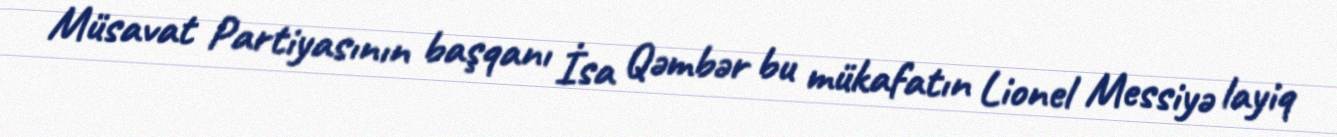
Müsavat Partiyasının başqanı İsa Qəmbər bu mükafatın Lionel Messiyə layiq